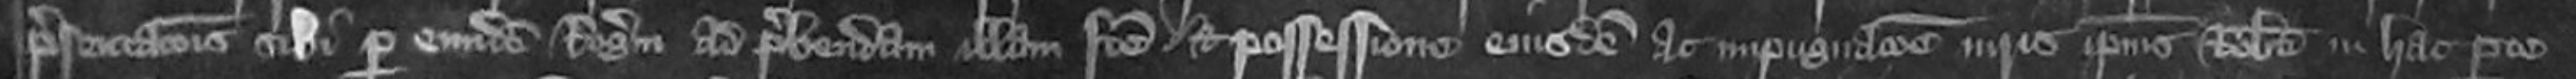
presentationis sibi per eiusdem Rogerum ad prebendam illam facte et possessione eiusdem ac impugnationem iuris ipsius Roberti in hac parte